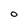
Character: O